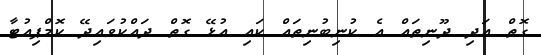
ގޮތް އަދި ދޫނިތައް އެ ކުނިބުނިތައް ކައި އުޅޭ ގޮތް ދައްކުވައިދޭ ކޮމްޕިއުޓާ